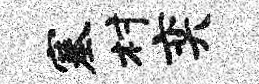
塞村奕